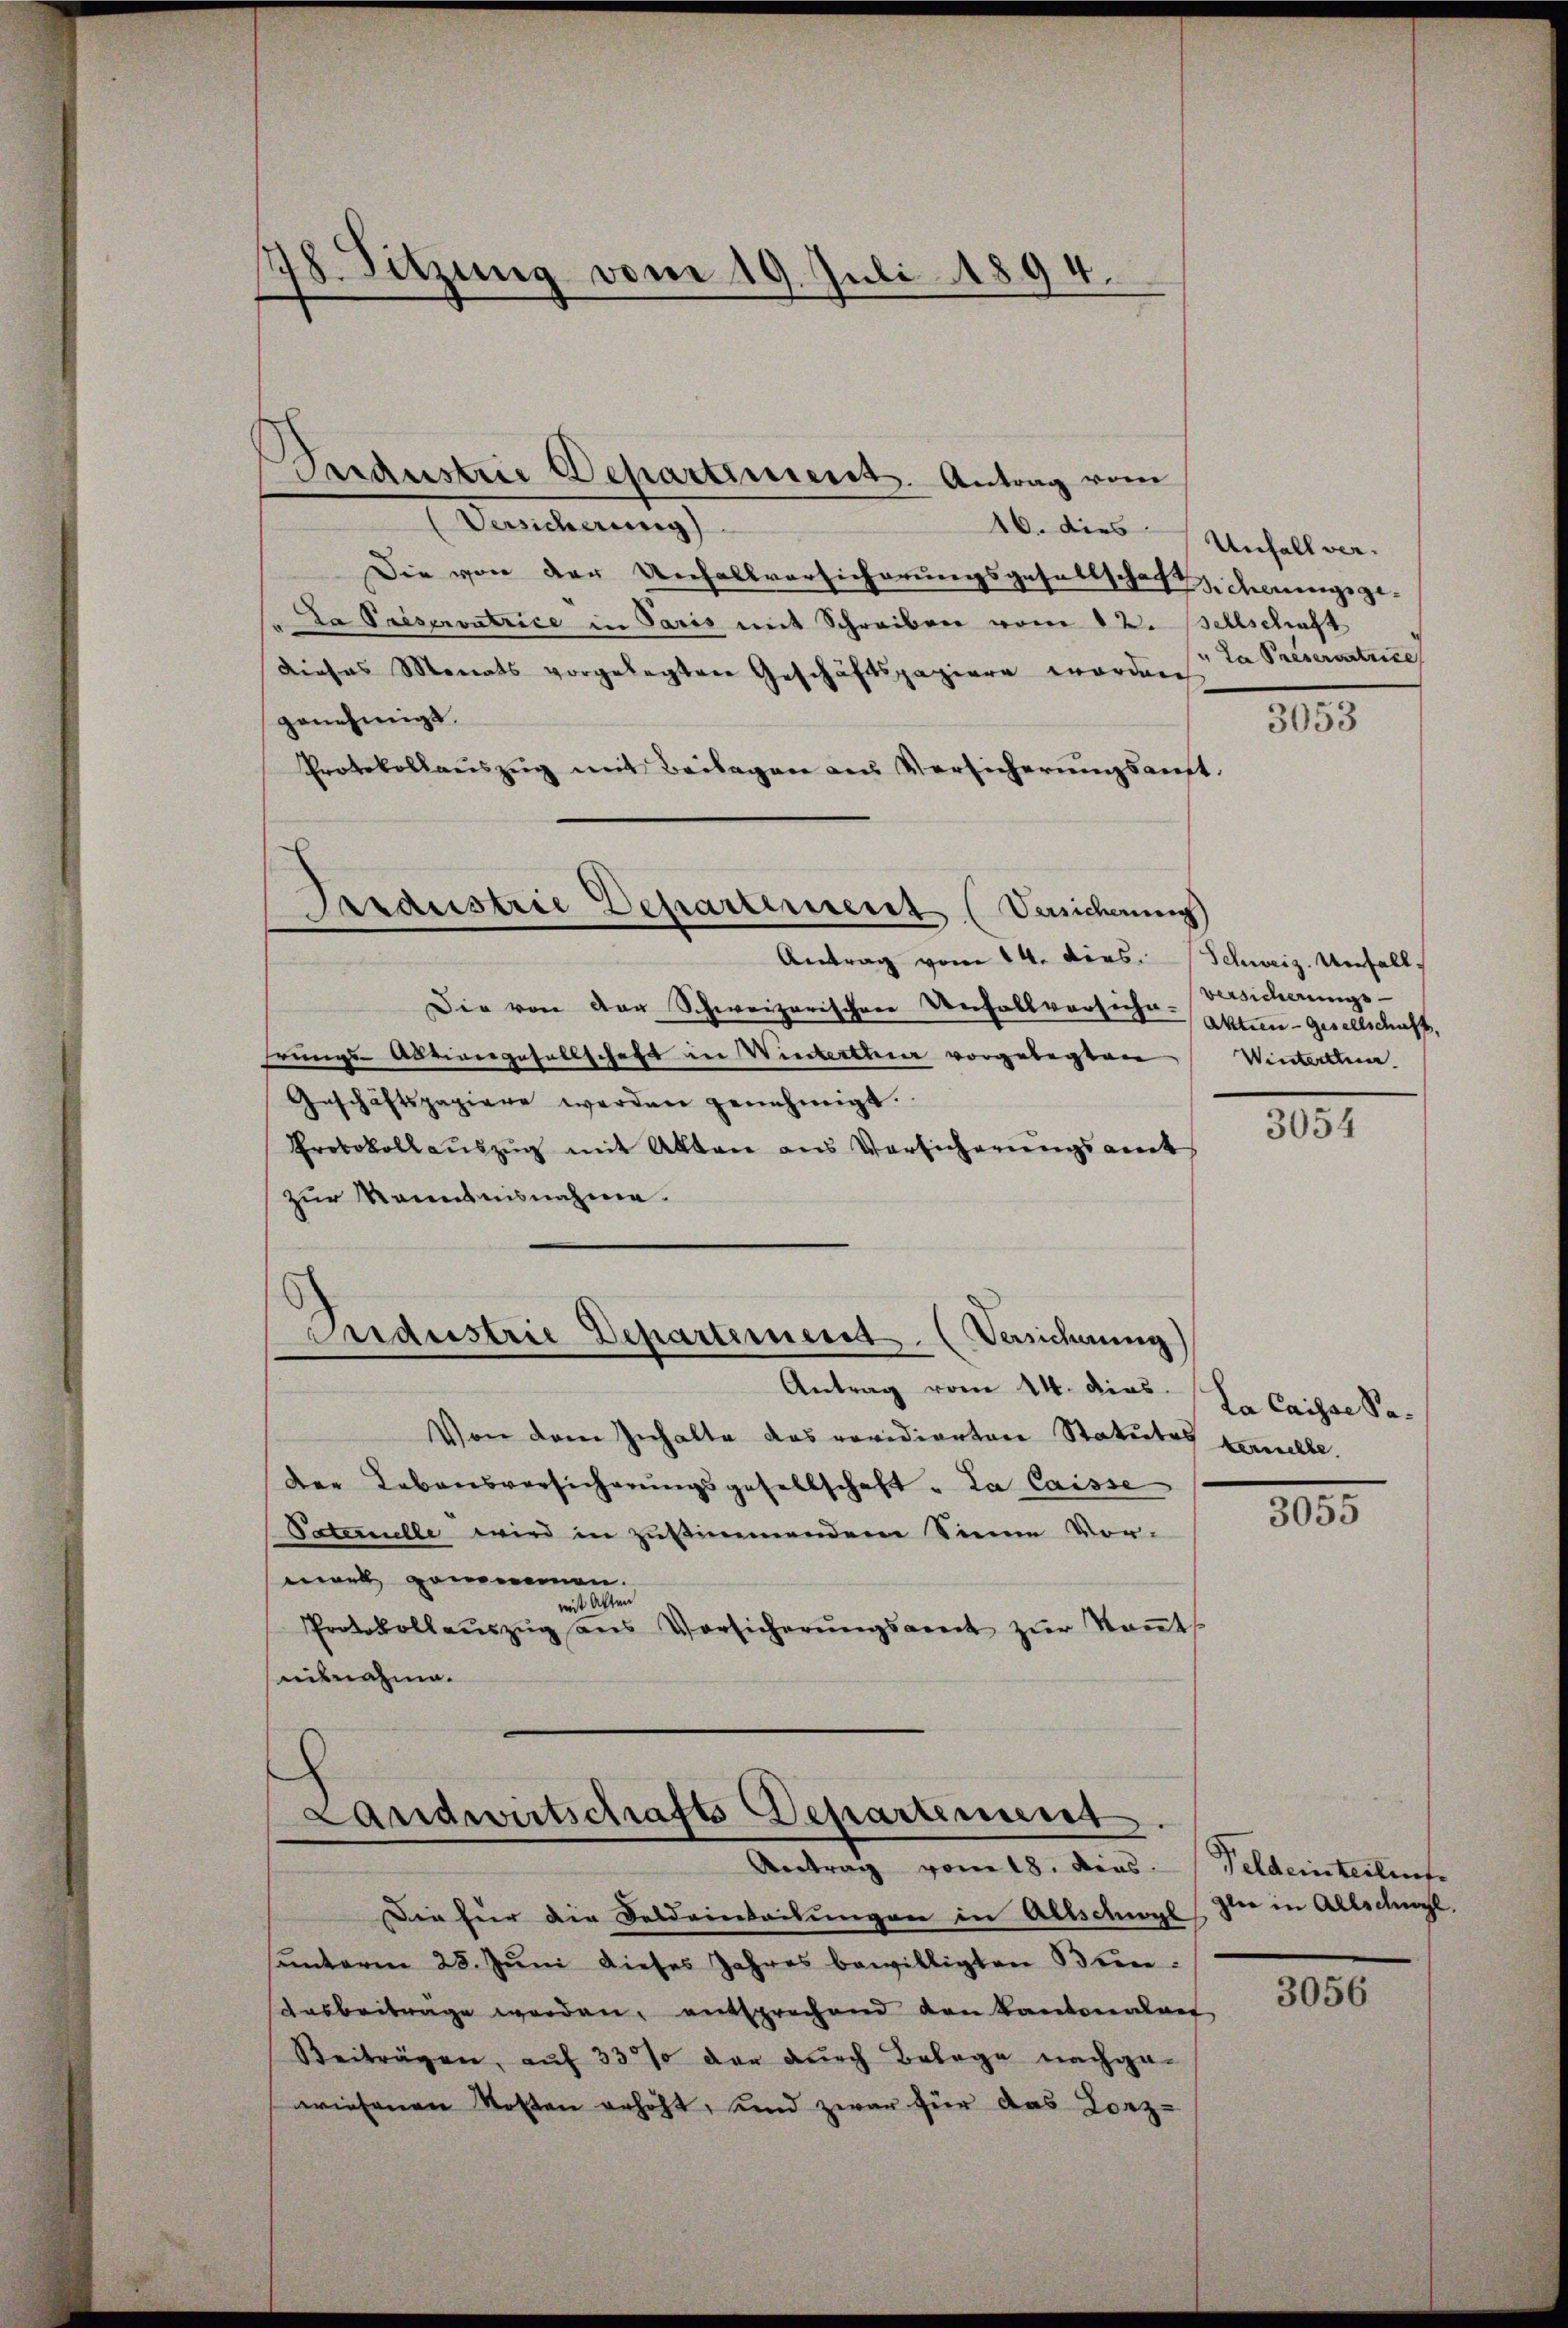
18. Sitzung vom 19. Juli 1894.
1

Pardustrie Departiment. Antrag vom
Versicherung
Die von der Unfallversicherungsgesellschaft darungsge¬
Da Priservatrice in Paris mit Schreiben vom 12. Sellschaft
dieses Monats vorgelegten Geschäftspapiere worden
genehmigt.
Protokollauszug mit Beilagen aus Versicherungsauft.
Antrag vom 14. dies. Schweiz. Unfall
Die von der Schweizerischen Unfallversiche Akten-Gesellschaff,
hrungs-Abtiengesellschaft in Winterthur vorgelegten
Geschäftspapiere werden genehmigt.
Protokollauszug mit Akten aus Versicherungsamt
zur Kenntnisnahme.
Maustrie Departement. (Versicherung)
Antrag vom 14. dies
Von dem Inhalte das revidierten Statutes telle.
der Lebensversicherŭngsgesellschaft „La Caisse
Patenulle wird in zustimmendem Sinne Vor-
 pommen.
mit Akten
Protokollaŭszŭg ans Vorsicherŭngsant zŭr Keṅt
mitnahme.

Pardustrie Departement (Versicherung

Landwirtschafts-Departement
Antrag vom 18. dies Feldeinteilun

16. dies Unfallver.
" Da Preserstrice

Die für die Deldanleitungen in Altschwyl
santerm 25. Juni dieses Jahres bewilligten Bundasbeiträge werden, entsprechend den Kantonalen
Beiträgen, auf 33 % der durch Belage nachge-
wiesenen Kosten erhöht, und zwar für das Lorz-

3053

Versicherungs-
Winterthun

3054

La Caisse Sa¬

3055

glie in Allschwyl.

3056